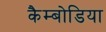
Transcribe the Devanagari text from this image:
कैम्बोडिया